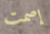
إصمت